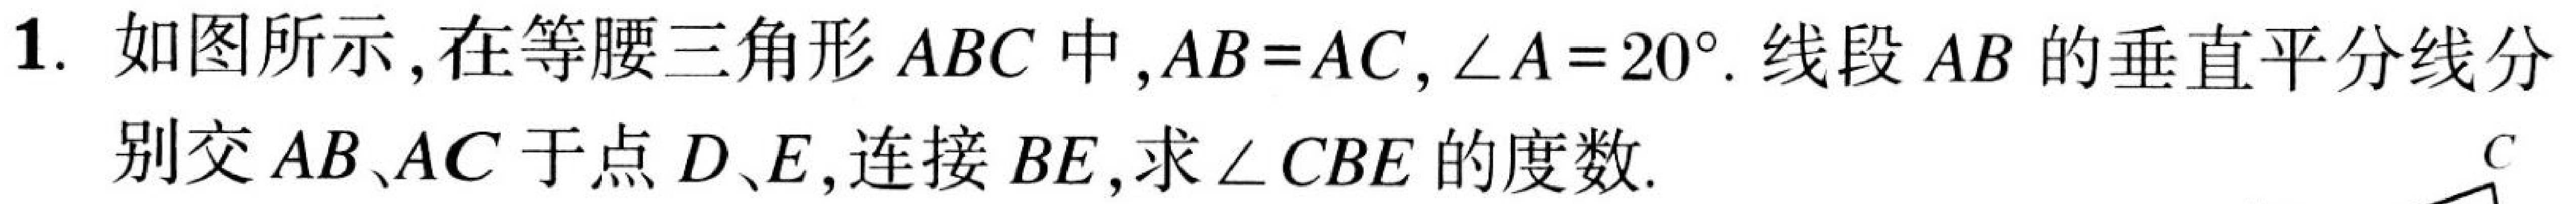
1. 如图所示,在等腰三角形$ABC$中,$AB = AC,\angle A = 20^{\circ}$. 线段$AB$的垂直平分线分
别交$AB、AC$于点$D、E$,连接$BE$,求$\angle CBE$的度数.